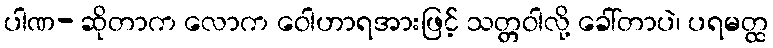
ပါဏ- ဆိုတာက လောက ဝေါဟာရအားဖြင့် သတ္တဝါလို့ ခေါ်တာပဲ၊ ပရမတ္ထ